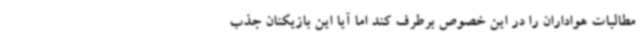
مطالبات هواداران را در این خصوص برطرف کند اما آیا این بازیکنان جذب